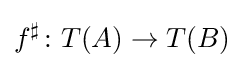
f^{\sharp }\colon T(A)\to T(B)